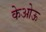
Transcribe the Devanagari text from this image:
केओऊ